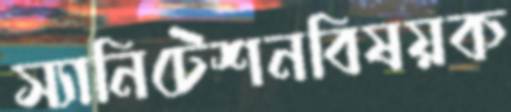
স্যানিটেশনবিষয়ক